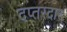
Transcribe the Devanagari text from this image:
दप्तरदार